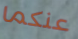
عنكما